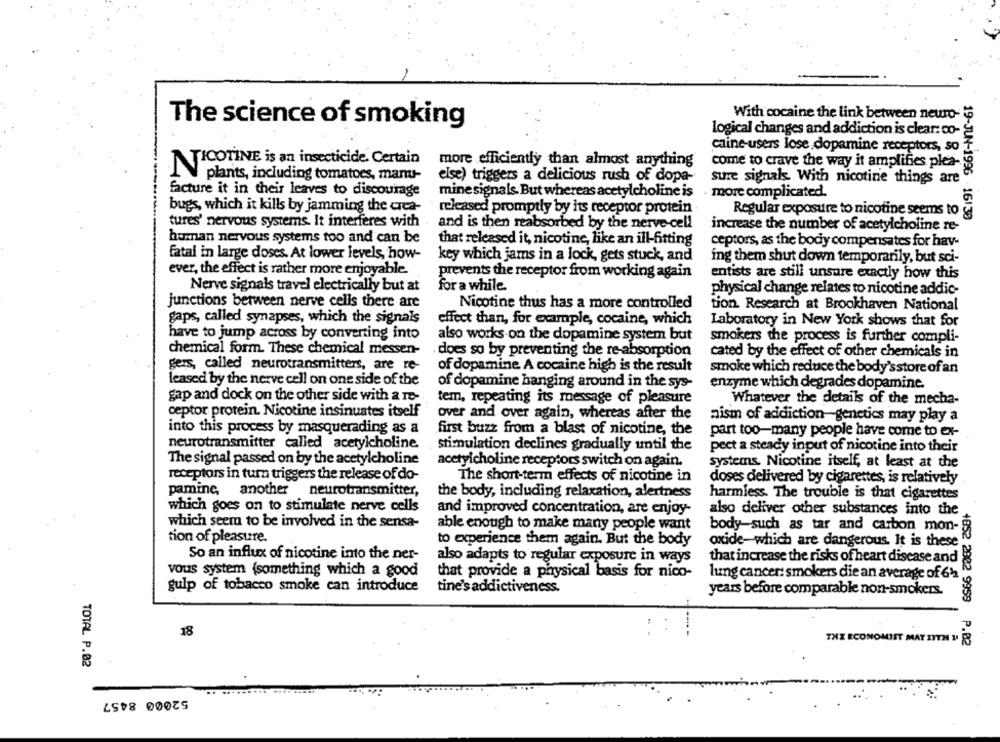
With cocaine the link between neuro-
The science of smoking
logical changes and addiction is clear: co-
caine-users lose dopamine receptors, so
more efficiently than almost anything
come to crave the way it amplifies plea-
NICOTINE is an insecticide. Certain
plants, including tomatoes, manu-
else) triggers a delicious rush of dopa-
sure signals. With nicotine things are
facture it in their leaves to discourage
mine signals. But whereas acetylcholine is
more complicated.
bugs, which it kills by jamming the crea-
released promptly by its receptor protein
Regular exposure to nicotine seems to
19-JUN-1996 -16130
tures' nervous systems. It interferes with . and is then reabsorbed by the nerve-cell
increase the number of acetylcholine re-
human nervous systems too and can be
that released it, nicotine, like an ill-fitting
ceptors, as the body compensates for hav-
fatal in large doses. At lower levels, how-
key which jams in a lock, gets stuck, and
ing them shut down temporarily, but sci-
ever, the effect is rather more enjoyable
prevents the receptor from working again
entists are still unsure exactly how this
Nerve signals travel electrically but at
for a while.
physical change relates to nicotine addic-
junctions between nerve cells there are
Nicotine thus has a more controlled
tion. Research at Brookhaven National
gaps, called synapses, which the signals
effect than, for example, cocaine, which
Laboratory in New York shows that for
have to jump across by converting into
also works on the dopamine system but
smokers the process is further compli-
chemical form. These chemical messen-
does so by preventing the re-absorption
cated by the effect of other chemicals in
gers, called neurotransmitters, are re-
of dopamine A cocaine high is the result
smoke which reduce the body'sstore of an
leased by the nerve cell on one side of the
of dopamine hanging around in the sys-
enzyme which degrades dopamine.
gap and dock on the other side with a re-
tem, repeating its message of pleasure
Whatever the details of the mecha-
ceptor protein. Nicotine insinuates itself
over and over again, whereas after the
nism of addiction-genetics may play a
into this process by masquerading as a
first buzz from a blast of nicotine, the
part too-many people have come to ex-
neurotransmitter called acetylcholine
stimulation declines gradually until the
pect a steady input of nicotine into their
The signal passed on by the acetylcholine
acetylcholine receptors switch on again.
systems. Nicotine itself, at least at the
receptors in turn triggers the release of do-
The short-term effects of nicotine in
doses delivered by cigarettes, is relatively
pamine, another neurotransmitter,
the body, including relaxation, alertness
harmless. The trouble is that cigarettes
which goes on to stimulate nerve cells
and improved concentration, are enjoy-
also deliver other substances into the
which seem to be involved in the sensa-
able enough to make many people want
body-such as tar and carbon mon-
tion of pleasure.
to experience them again. But the body
oxide-which are dangerous. It is these
So an influx of nicotine into the ner-
also adapts to regular exposure in ways
that increase the risks of heart disease and
vous system (something which a good
that provide a physical basis for nico-
lung cancer: smokers die an average of 612
gulp of tobacco smoke can introduce
tine's addictiveness.
years before comparable non-smokers.
18
THE ECONOMIST MAY SITH 11
+852 2902 9959 P.82
TOTAL P.02
52000 8457